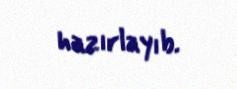
hazırlayıb.